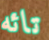
تائه